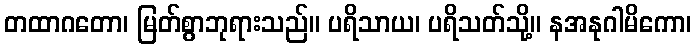
တထာဂတော၊ မြတ်စွာဘုရားသည်။ ပရိသာယ၊ ပရိသတ်သို့။ နအနုဂါမိကော၊